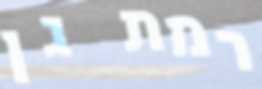
רמת גן